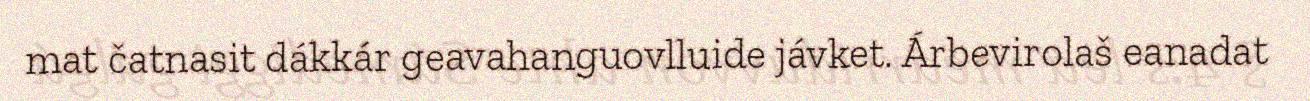
mat čatnasit dákkár geavahanguovlluide jávket. Árbevirolaš eanadat